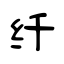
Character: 纤